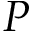
P